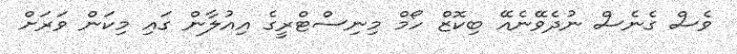
ވެސް ގެނެސް ނުދެވޭނެއޭ ބިކޮޒް ހޯމް މިނިސްޓްރީގެ އިއުލާން ގައި މިކަން ވަރަށް